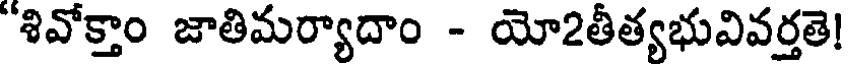
"శివోక్తాం జాతిమర్యాదాం - యో2తీత్యభువివర్తతె!